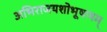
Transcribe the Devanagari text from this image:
अभिराजयशोभूषणम्